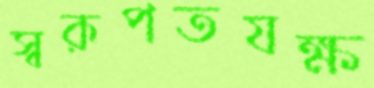
স্বরূপতযক্ষ